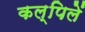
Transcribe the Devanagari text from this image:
कल्पिलें